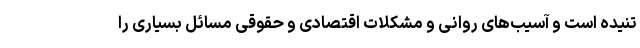
تنیده است و آسیب‌های روانی و مشکلات اقتصادی و حقوقی مسائل بسیاری را